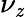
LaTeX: \nu_{\mathit{z}}